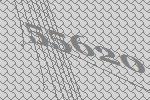
55620